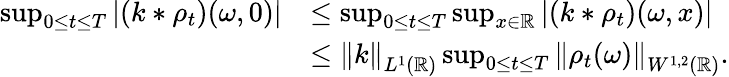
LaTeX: \begin{array}{rl}{\operatorname*{sup}_{0\le t\le T}|(k*\rho_{t})(\omega,0)|}&{\le\operatorname*{sup}_{0\le t\le T}\operatorname*{sup}_{x\in\mathbb{R}}|(k*\rho_{t})(\omega,x)|}\\ &{\le\left\lVert k\right\rVert_{L^{1}(\mathbb{R})}\operatorname*{sup}_{0\le t\le T}\left\lVert\rho_{t}(\omega)\right\rVert_{W^{1,2}(\mathbb{R})}.}\end{array}